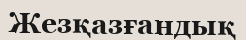
Жезқазғандық